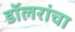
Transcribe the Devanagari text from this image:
डॉलरांचा